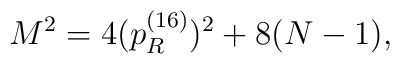
M^2 = 4(p_R^{(16)})^2+8(N-1),